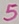
Text: 5